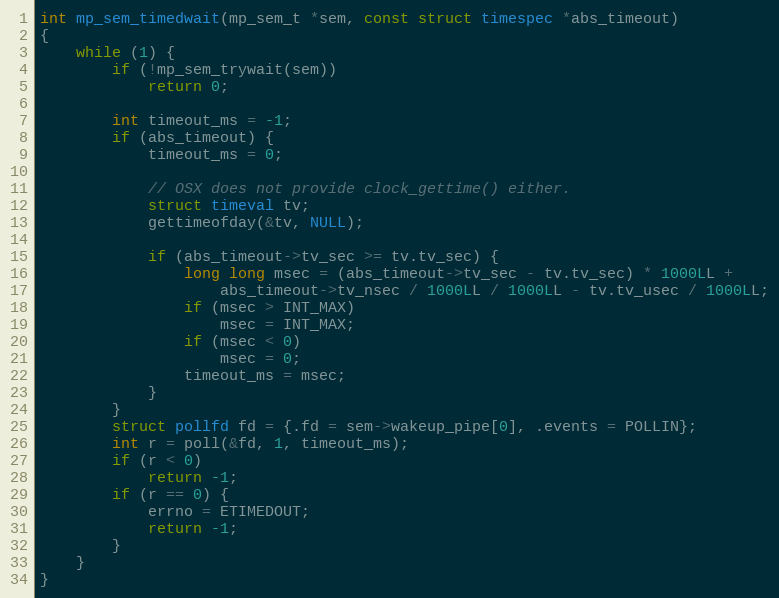
Language: C
int mp_sem_timedwait(mp_sem_t *sem, const struct timespec *abs_timeout)
{
    while (1) {
        if (!mp_sem_trywait(sem))
            return 0;

        int timeout_ms = -1;
        if (abs_timeout) {
            timeout_ms = 0;

            // OSX does not provide clock_gettime() either.
            struct timeval tv;
            gettimeofday(&tv, NULL);

            if (abs_timeout->tv_sec >= tv.tv_sec) {
                long long msec = (abs_timeout->tv_sec - tv.tv_sec) * 1000LL +
                    abs_timeout->tv_nsec / 1000LL / 1000LL - tv.tv_usec / 1000LL;
                if (msec > INT_MAX)
                    msec = INT_MAX;
                if (msec < 0)
                    msec = 0;
                timeout_ms = msec;
            }
        }
        struct pollfd fd = {.fd = sem->wakeup_pipe[0], .events = POLLIN};
        int r = poll(&fd, 1, timeout_ms);
        if (r < 0)
            return -1;
        if (r == 0) {
            errno = ETIMEDOUT;
            return -1;
        }
    }
}